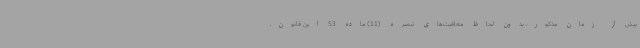
بیش از زمان مذکور، بدون لحاظ معافیت‌های تبصره (11) ماده 53 این قانون،